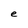
Character: e